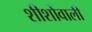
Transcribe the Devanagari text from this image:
शीशोंवाली